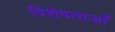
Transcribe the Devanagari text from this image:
विशेषताओँ